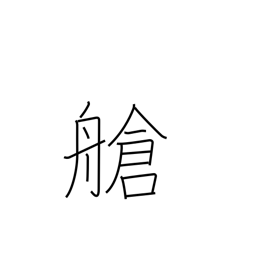
Meaning: hold (ship)